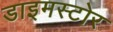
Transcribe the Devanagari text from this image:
डाइमस्टोर